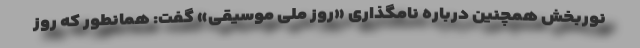
نوربخش همچنین درباره نامگذاری «روز ملی موسیقی» گفت: همانطور که روز